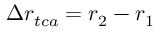
\Delta \boldsymbol { r } _ { t c a } = \boldsymbol { r } _ { 2 } - \boldsymbol { r } _ { 1 }